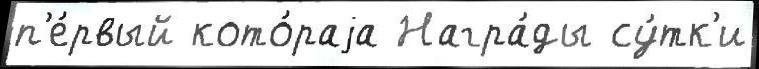
п'е́рвый кото́раjа Награ́ды су́тк'и